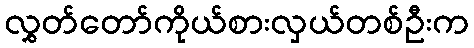
လွှတ်တော်ကိုယ်စားလှယ်တစ်ဦးက